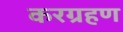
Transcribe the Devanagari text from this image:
करग्रहण